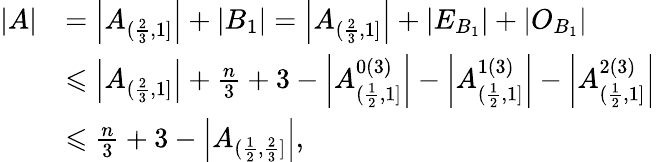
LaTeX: \begin{array}{rl}{|A|}&{=\left|A_{(\frac{2}{3},1]}\right|+|B_{1}|=\left|A_{(\frac{2}{3},1]}\right|+\left|E_{B_{1}}\right|+\left|O_{B_{1}}\right|}\\ &{\leqslant\left|A_{(\frac{2}{3},1]}\right|+\frac{n}{3}+3-\left|A_{(\frac{1}{2},1]}^{0(3)}\right|-\left|A_{(\frac{1}{2},1]}^{1(3)}\right|-\left|A_{(\frac{1}{2},1]}^{2(3)}\right|}\\ &{\leqslant\frac{n}{3}+3-\left|A_{(\frac{1}{2},\frac{2}{3}]}\right|,}\end{array}